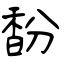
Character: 馚